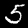
Digit: 5